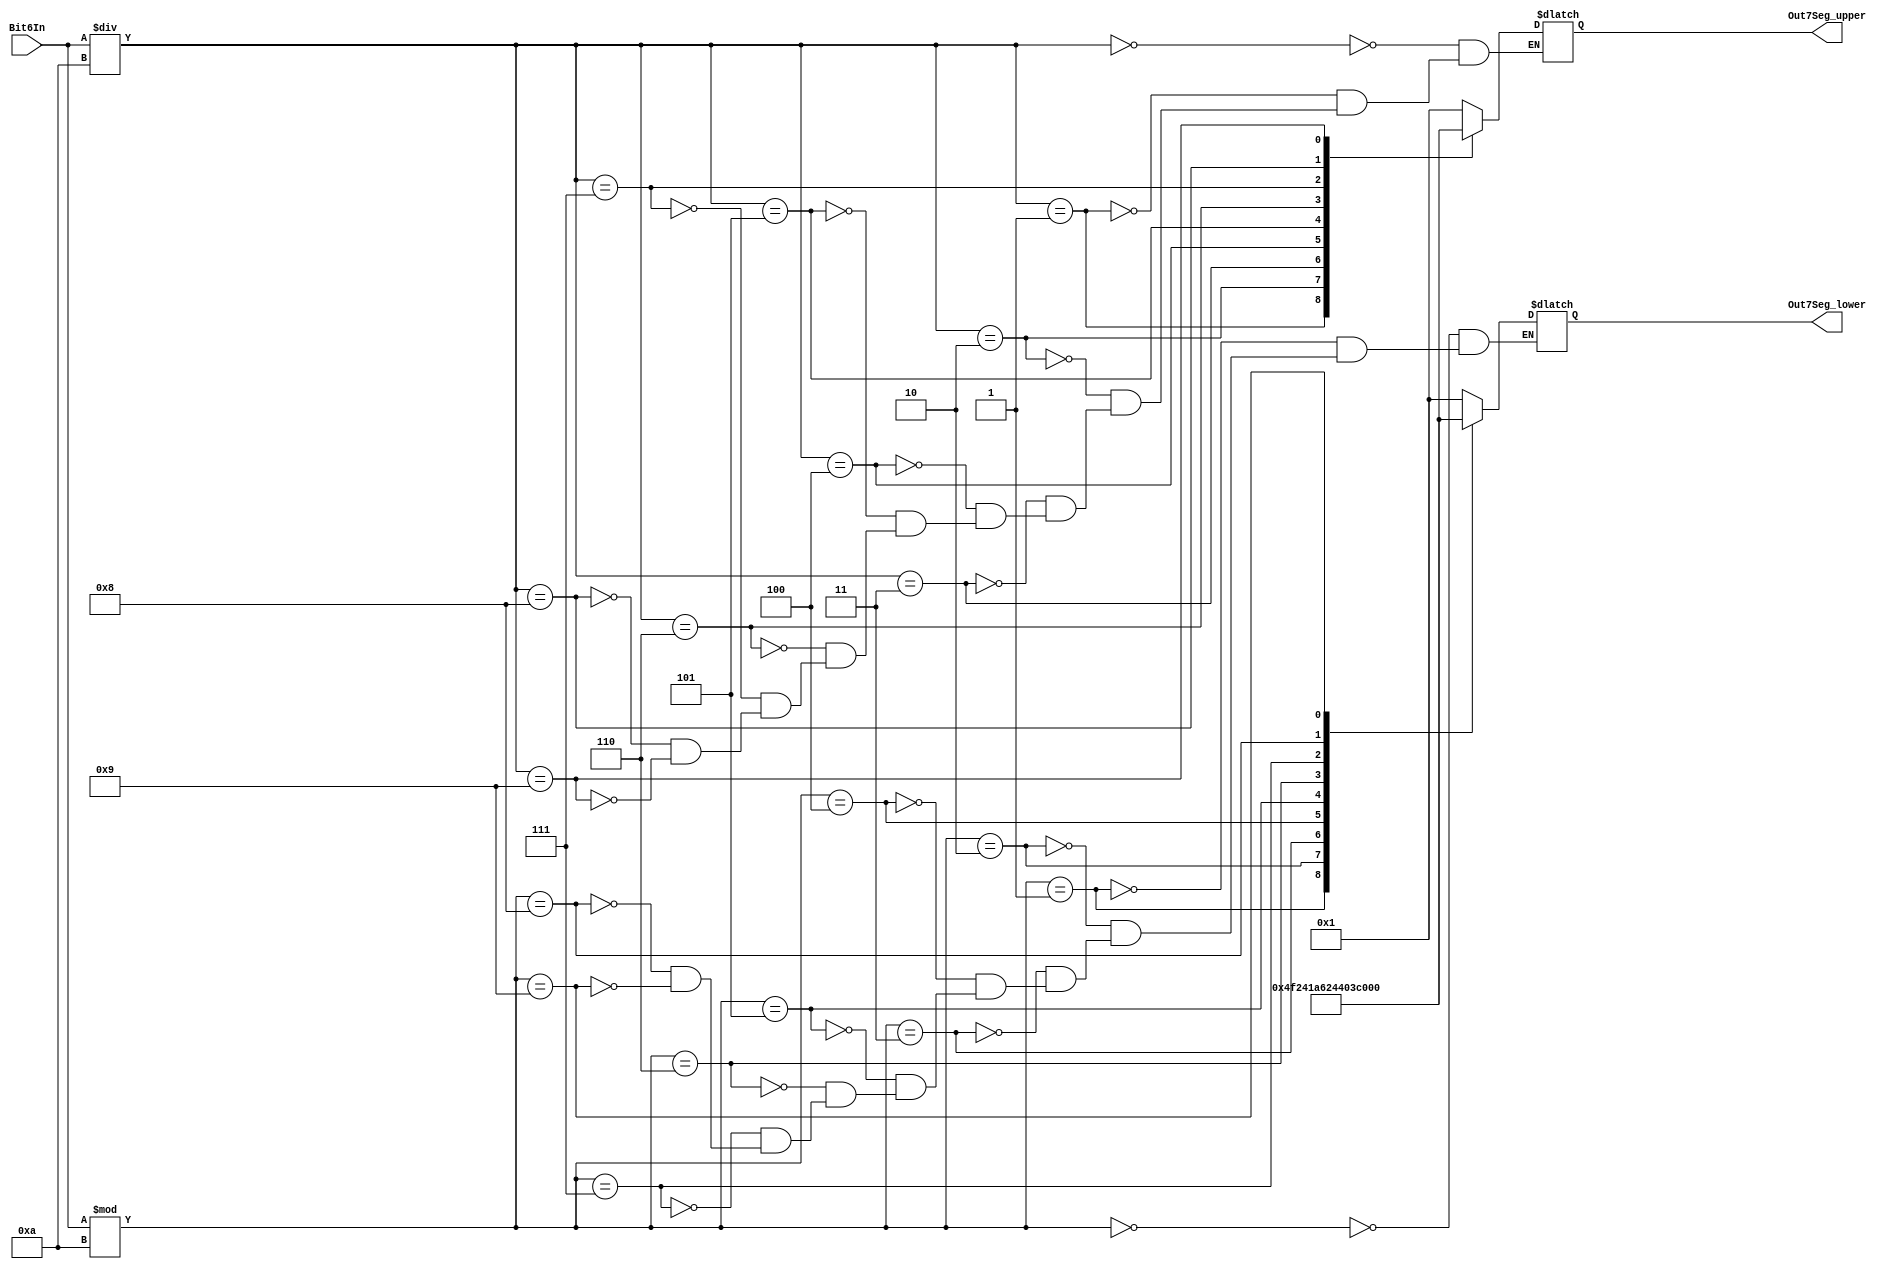
`timescale 1ns / 1ps
//////////////////////////////////////////////////////////////////////////////////
// Company: 
// Engineer: 
// 
// Design Name: 
// Module Name: enco
// Project Name: 
// Target Devices: 
// Tool Versions: 
// Description: 
// 
// Dependencies: 
// 
// Revision:
// Revision 0.01 - File Created
// Additional Comments:
// 
//////////////////////////////////////////////////////////////////////////////////


module enco(Bit6In, Out7Seg_lower, Out7Seg_upper);
input [5:0] Bit6In;

output reg [6:0] Out7Seg_upper, Out7Seg_lower;

always @(Bit6In)
    begin
    case (Bit6In/10)
      0  : Out7Seg_upper <= 7'b0000001;         //0
      1  : Out7Seg_upper <= 7'b1001111;         //1
      2  : Out7Seg_upper <= 7'b0010010;         //2
      3  : Out7Seg_upper <= 7'b0000110;         //3
      4  : Out7Seg_upper <= 7'b1001100;         //4
      5  : Out7Seg_upper <= 7'b0100100;         //5
      6  : Out7Seg_upper <= 7'b0100000;         //6
      7  : Out7Seg_upper <= 7'b0001111;         //7
      8  : Out7Seg_upper <= 7'b0000000;         //8
      9  : Out7Seg_upper <= 7'b0001100;         //9
    endcase
    
    case (Bit6In%10)
      0  : Out7Seg_lower <= 7'b0000001;         //0
      1  : Out7Seg_lower <= 7'b1001111;         //1
      2  : Out7Seg_lower <= 7'b0010010;         //2
      3  : Out7Seg_lower <= 7'b0000110;         //3
      4  : Out7Seg_lower <= 7'b1001100;         //4
      5  : Out7Seg_lower <= 7'b0100100;         //5
      6  : Out7Seg_lower <= 7'b0100000;         //6
      7  : Out7Seg_lower <= 7'b0001111;         //7
      8  : Out7Seg_lower <= 7'b0000000;         //8
      9  : Out7Seg_lower <= 7'b0001100;         //9
    endcase
    
    end
endmodule